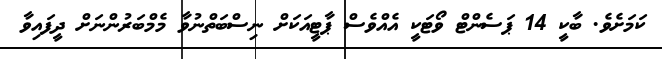
ކަމަށެވެ. ބާކީ 14 ޕަސެންޓް ވޯޓަކީ އެއްވެސް ޕާޓީއަކަށް ނިސްބަތްނުވާ މެމްބަރުންނަށް ދީފައިވާ